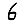
Digit: 6